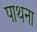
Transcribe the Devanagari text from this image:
पाथना